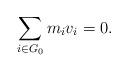
LaTeX: \begin{align*}\sum_{i\in G_0}m_iv_i=0.\end{align*}